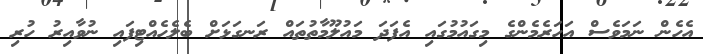
އެހެން ނަމަވެސް އަހަރެމެންގެ މިގައުމުގައި އެފަދަ މައުލޫމާތުތައް ރަނގަޅަށް ބެލެހެއްޓިފައި ނުވާއިރު ހުރި